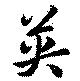
英